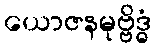
ယောဇနမုဗ္ဗိဒ္ဓံ